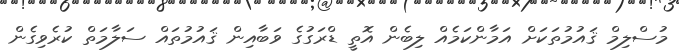
މުސްލިމް ޤައުމުތަކަށް އަމާންކަމެއް ލިބެން އޮތީ ޑްރަގުގެ ވަބާއިން ޤައުމުތައް ސަލާމަތް ކުރެވިގެން